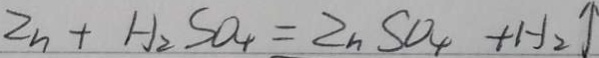
2 n + H _ { 2 } S O _ { 4 } = 2 n S O _ { 4 } + H _ { 2 } \uparrow